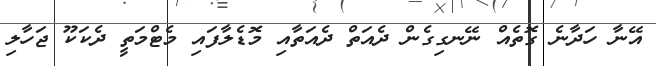
އޭނާ ހަދާނެ ގޮތެއް ނޭނގިގެން ދެއަތް ދެއަތާއި މޮޑެލާފައި މެޓްމަތީ ދެކަކޫ ޖަހާލި